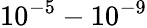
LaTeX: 10^{-5}-10^{-9}